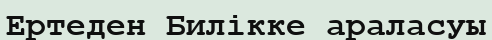
Ертеден Билікке араласуы